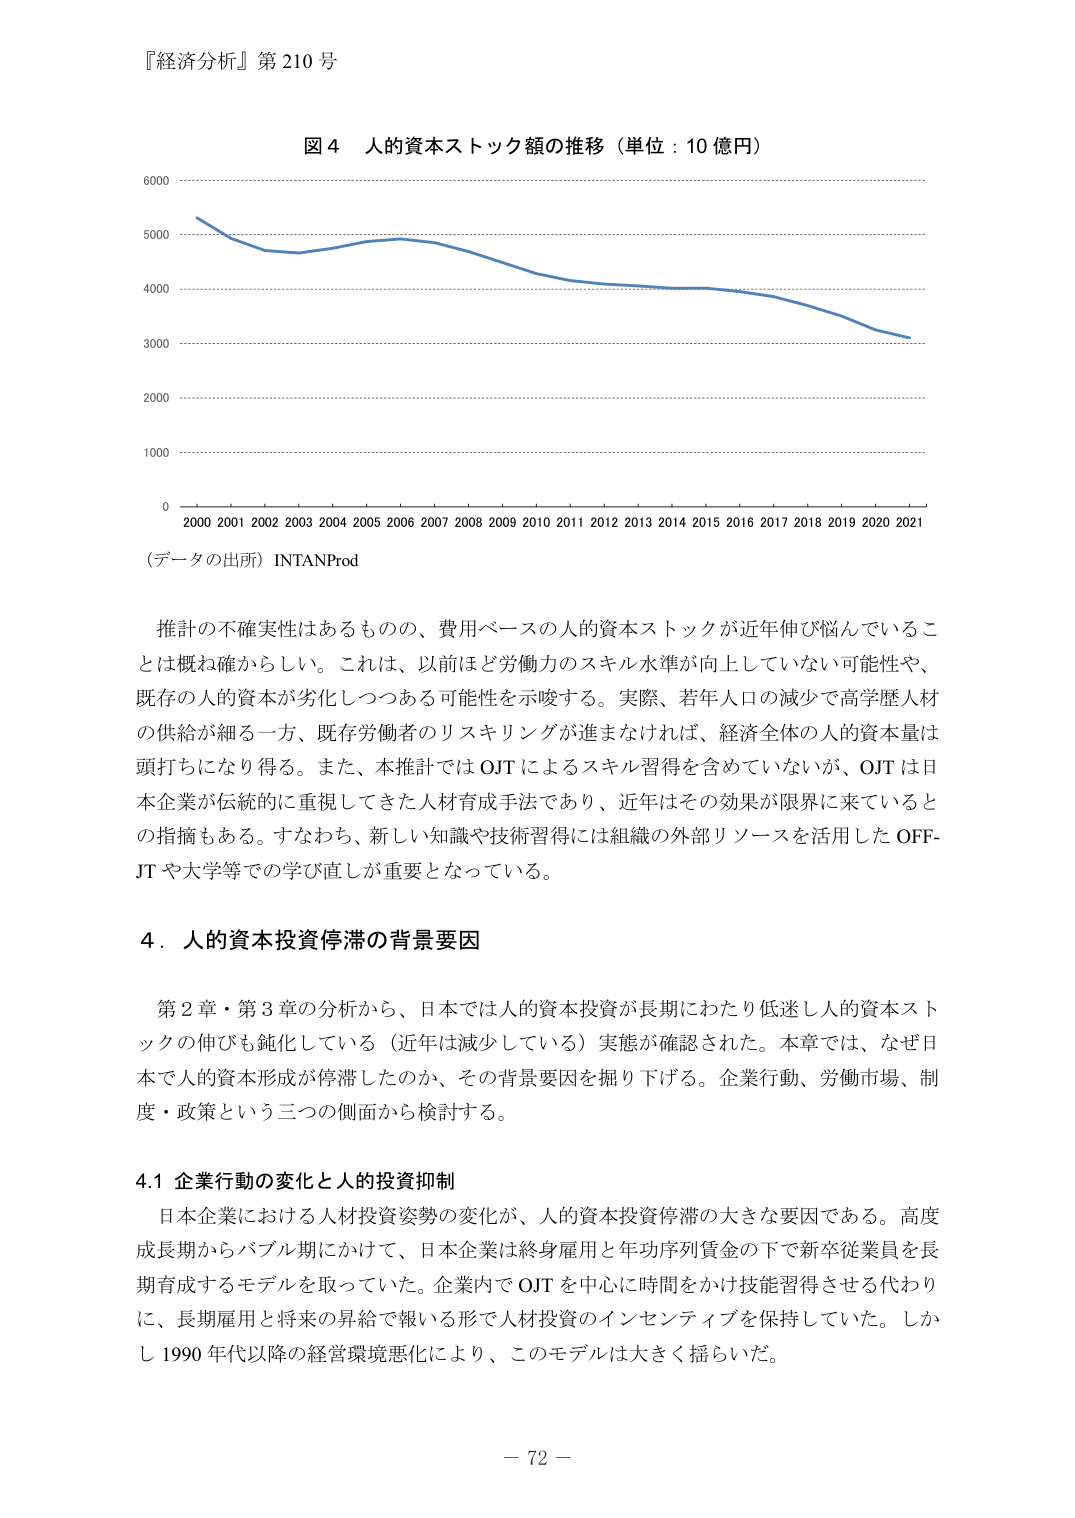
『経済分析』第210号

図4 人的資本ストック額の推移（単位：10億円）

（データの出所）INTANProd

推計の不確実性はあるものの、費用ベースの人的資本ストックが近年伸び悩んでいることは概ね確からしい。これは、以前ほど労働力のスキル水準が向上していない可能性や、既存の人的資本が劣化しつつある可能性を示唆する。実際、若年人口の減少で高学歴人材の供給が細る一方、既存労働者のリスキリングが進まなければ、経済全体の人的資本量は頭打ちになり得る。また、本推計ではOJTによるスキル習得を含めていないが、OJTは日本企業が伝統的に重視してきた人材育成手法であり、近年はその効果が限界に来ているとの指摘もある。すなわち、新しい知識や技術習得には組織の外部リソースを活用したOFF-JTや大学等での学び直しが重要となっている。

4．人的資本投資停滞の背景要因

第2章・第3章の分析から、日本では人的資本投資が長期にわたり低迷し人的資本ストックの伸びも鈍化している（近年は減少している）実態が確認された。本章では、なぜ日本で人的資本形成が停滞したのか、その背景要因を掘り下げる。企業行動、労働市場、制度・政策という三つの側面から検討する。

4.1 企業行動の変化と人的投資抑制

日本企業における人材投資姿勢の変化が、人的資本投資停滞の大きな要因である。高度成長期からバブル期にかけて、日本企業は終身雇用と年功序列賃金の下で新卒従業員を長期育成するモデルを取っていた。企業内でOJTを中心に時間をかけ技能習得させる代わりに、長期雇用と将来の昇給で報いる形で人材投資のインセンティブを保持していた。しかし1990年代以降の経営環境悪化により、このモデルは大きく揺らいだ。

－72－